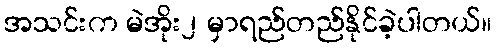
အသင်းက မဲအိုး၂ မှာရည်တည်နိုင်ခဲ့ပါတယ်။